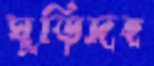
ঘুড়িদহ